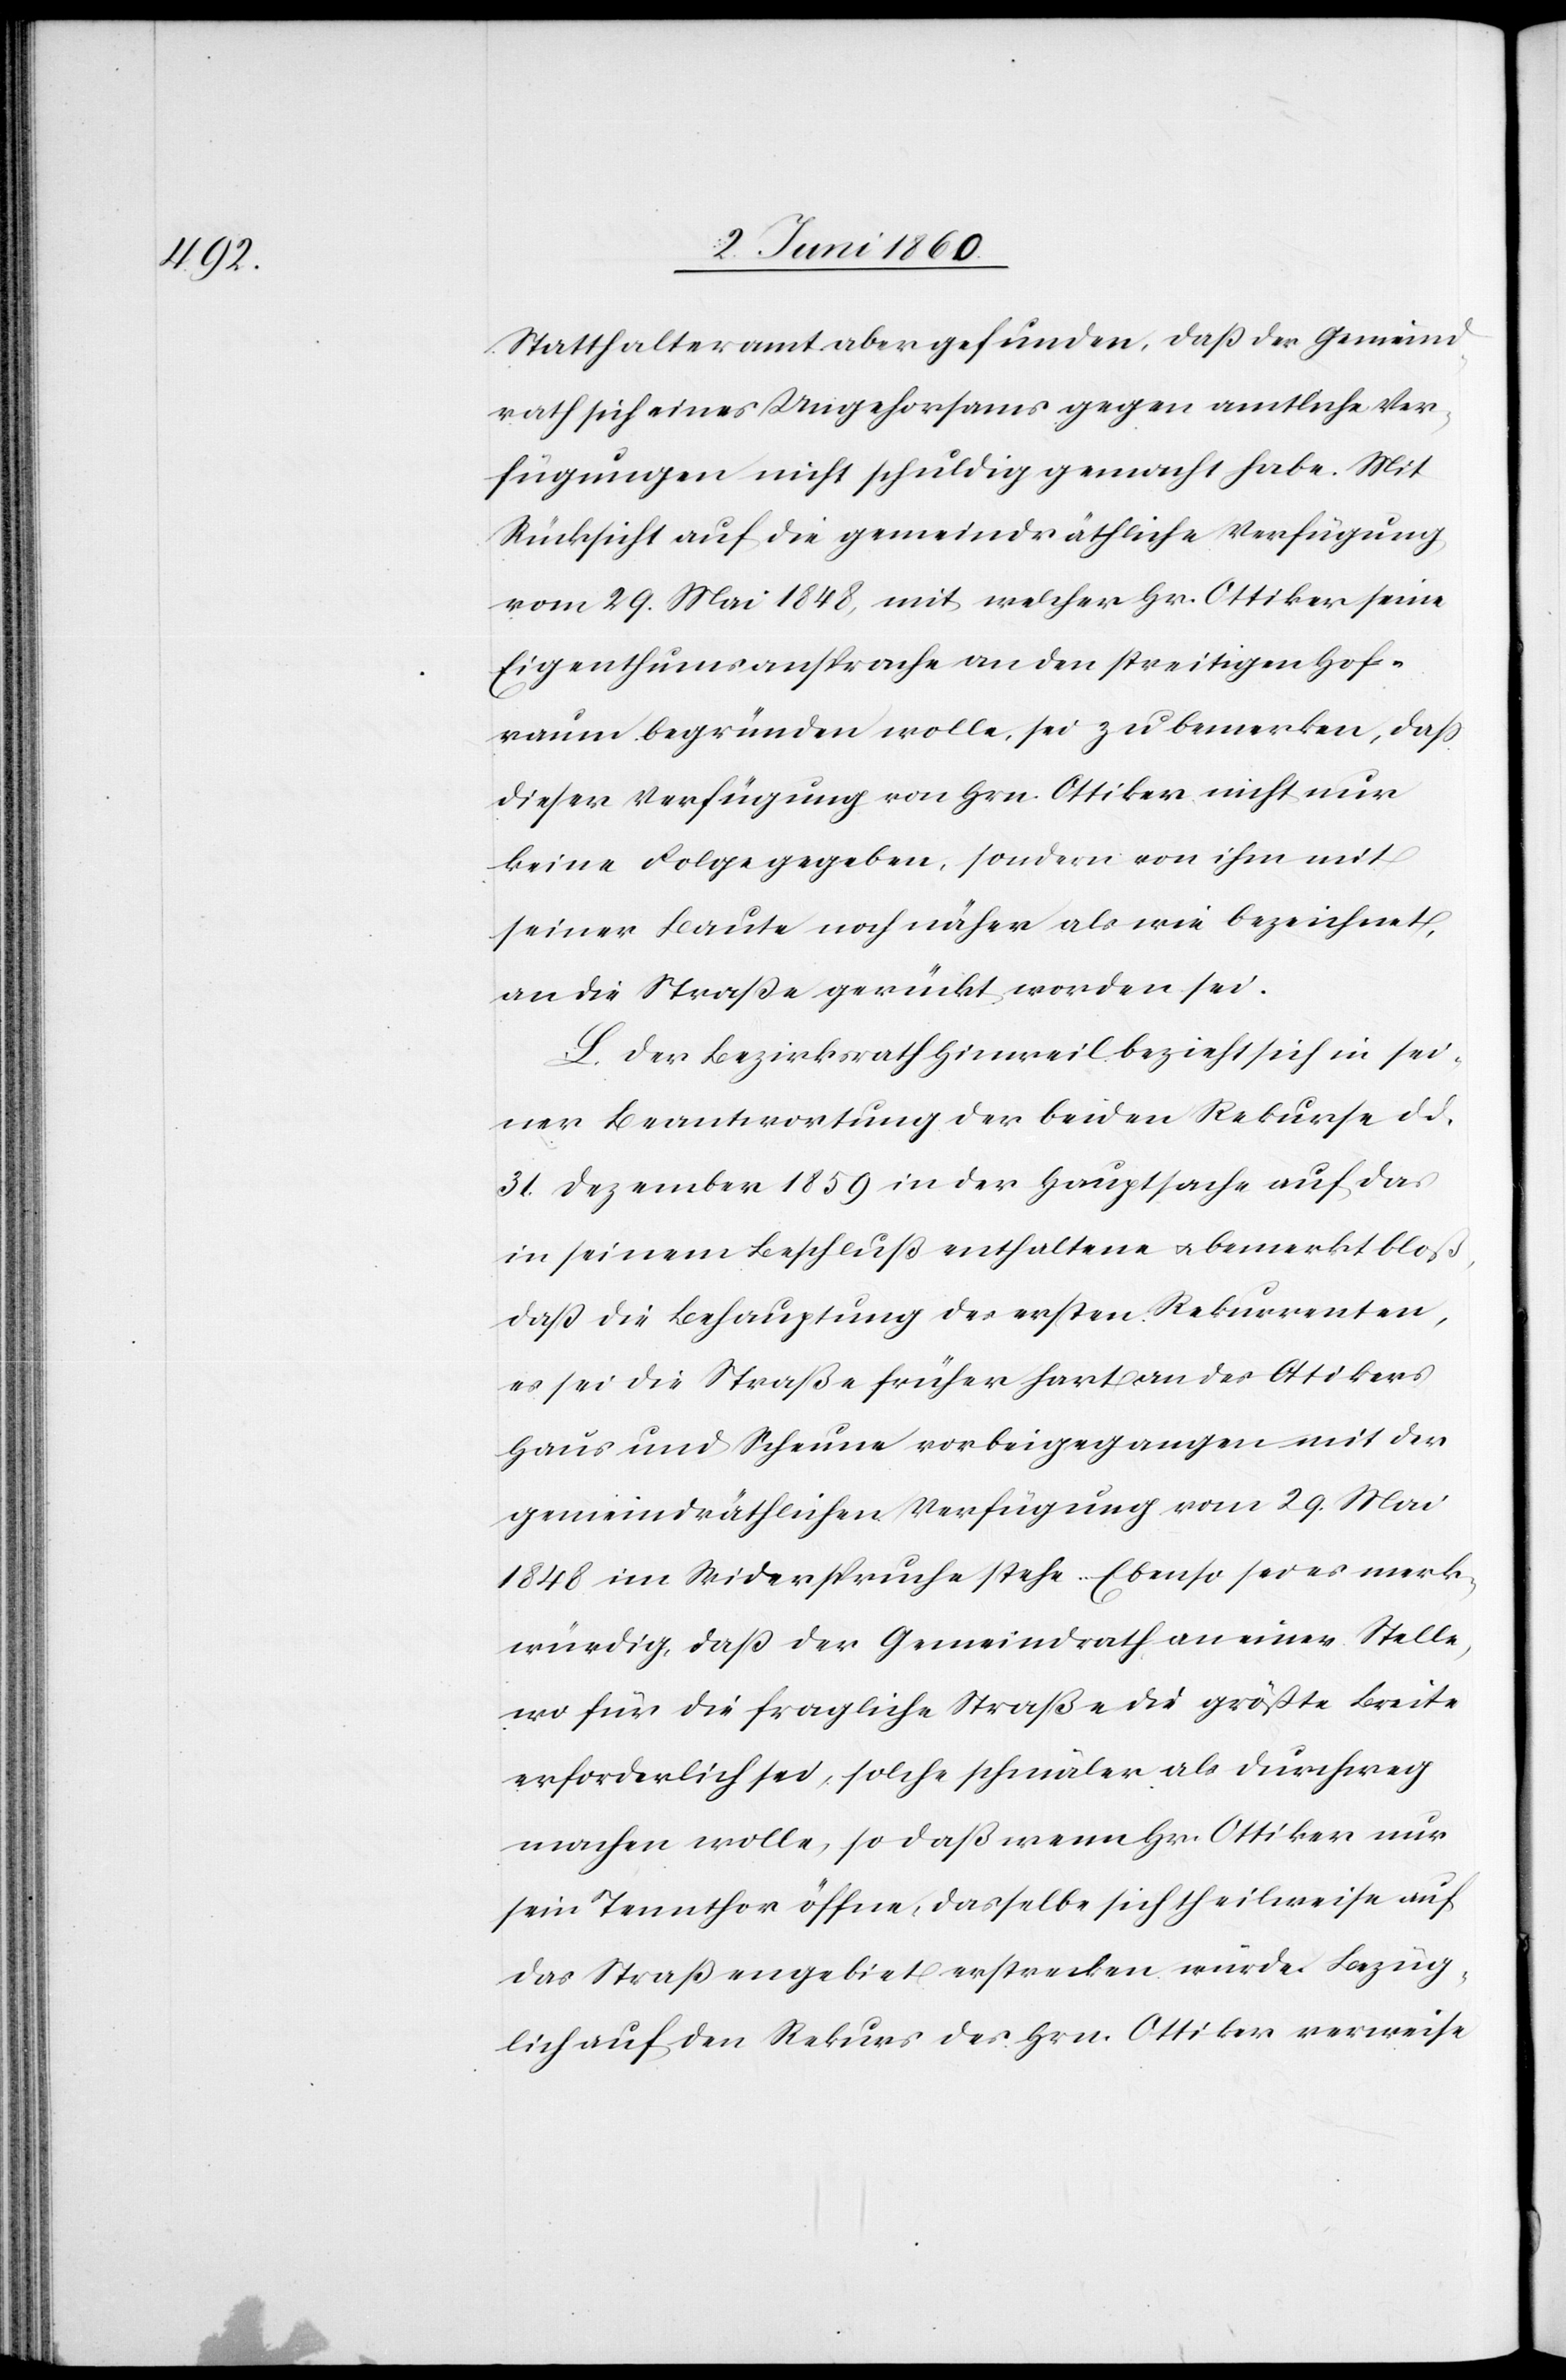
Statthalteramt aber gefunden, daß der Gemeind¬
rath sich eines Ungehorsams gegen amtliche Ver¬
fügungen nicht schuldig gemacht habe. Mit
Rücksicht auf die gemeindräthliche Verfügung
vom 29. Mai 1848, mit welcher Hr. Ottiker seine
Eigenthumsansprache an den streitigen Hof¬
raum begründen wolle, sei zu bemerken, dass
dieser Verfügung von Hrn. Ottiker nicht nur
keine Folge gegeben, sondern von ihm mit
seiner Baute noch näher als wie bezeichnet,
an die Strasse gerückt worden sei.
L. Der Bezirksrath Hinweil bezieht sich in sei¬
ner Beantwortung der beiden Rekurse d. d.
31. Dezember 1850 in der Hauptsache auf das
in seinem Beschluß enthaltene u. bemerkt bloß,
dass die Behauptung des ersten Rekurrenten,
es sei die Straße früher hart an des Ottikers
Haus und Scheune vorbeigegangen mit der
gemeindräthlichen Verfügung vom 29. Mai
1848 im Widerspruche stehe. Ebenso sei es merk¬
würdig, dass der Gemeindrath an einer Stelle,
wo für die fragliche Straße die größte Breite
erforderlich sei, solche schmäler als Durchweg
machen wollte, so daß wenn Hr. Ottiker nur
sein Tennthor öffne, dasselbe sich theilweise auf
das Straßengebiet erstrecken würde. Bezüg¬
lich auf den Rekurs des Hrn. Ottiker verweise